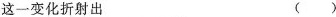
这一变化折射出 ()